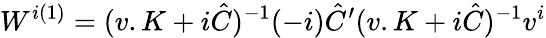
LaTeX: W^{i(1)}=(v.K+i\hat{C})^{-1}(-i)\hat{C}^{\prime}(v.K+i\hat{C})^{-1}v^{i}